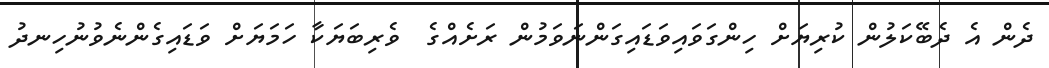
ދެން އެެ ދެބޭކަލުން ކުރިޔަށް ހިންގަވައިވަޑައިގަންނަވަމުން ރަށެއްގެ  ވެރިބަޔަކާ ހަމަޔަށް ވަޑައިގެންނެވުނުހިނދު